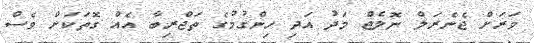
ވަރަށް ޖެނެރަލް ނޮލެޖް މަދު އަދި ހިންގުމުގެ ތަޖްރިބާ އެއް ގޮތަކަށް ވެސް